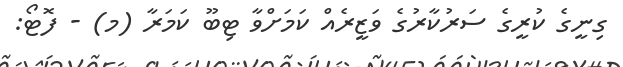
ގިނީގެ ކުރީގެ ސަރުކާރުގެ ވަޒީރެއް ކަމަށްވާ ޓިބޫ ކަމަރާ (މ) - ފޮޓޯ: